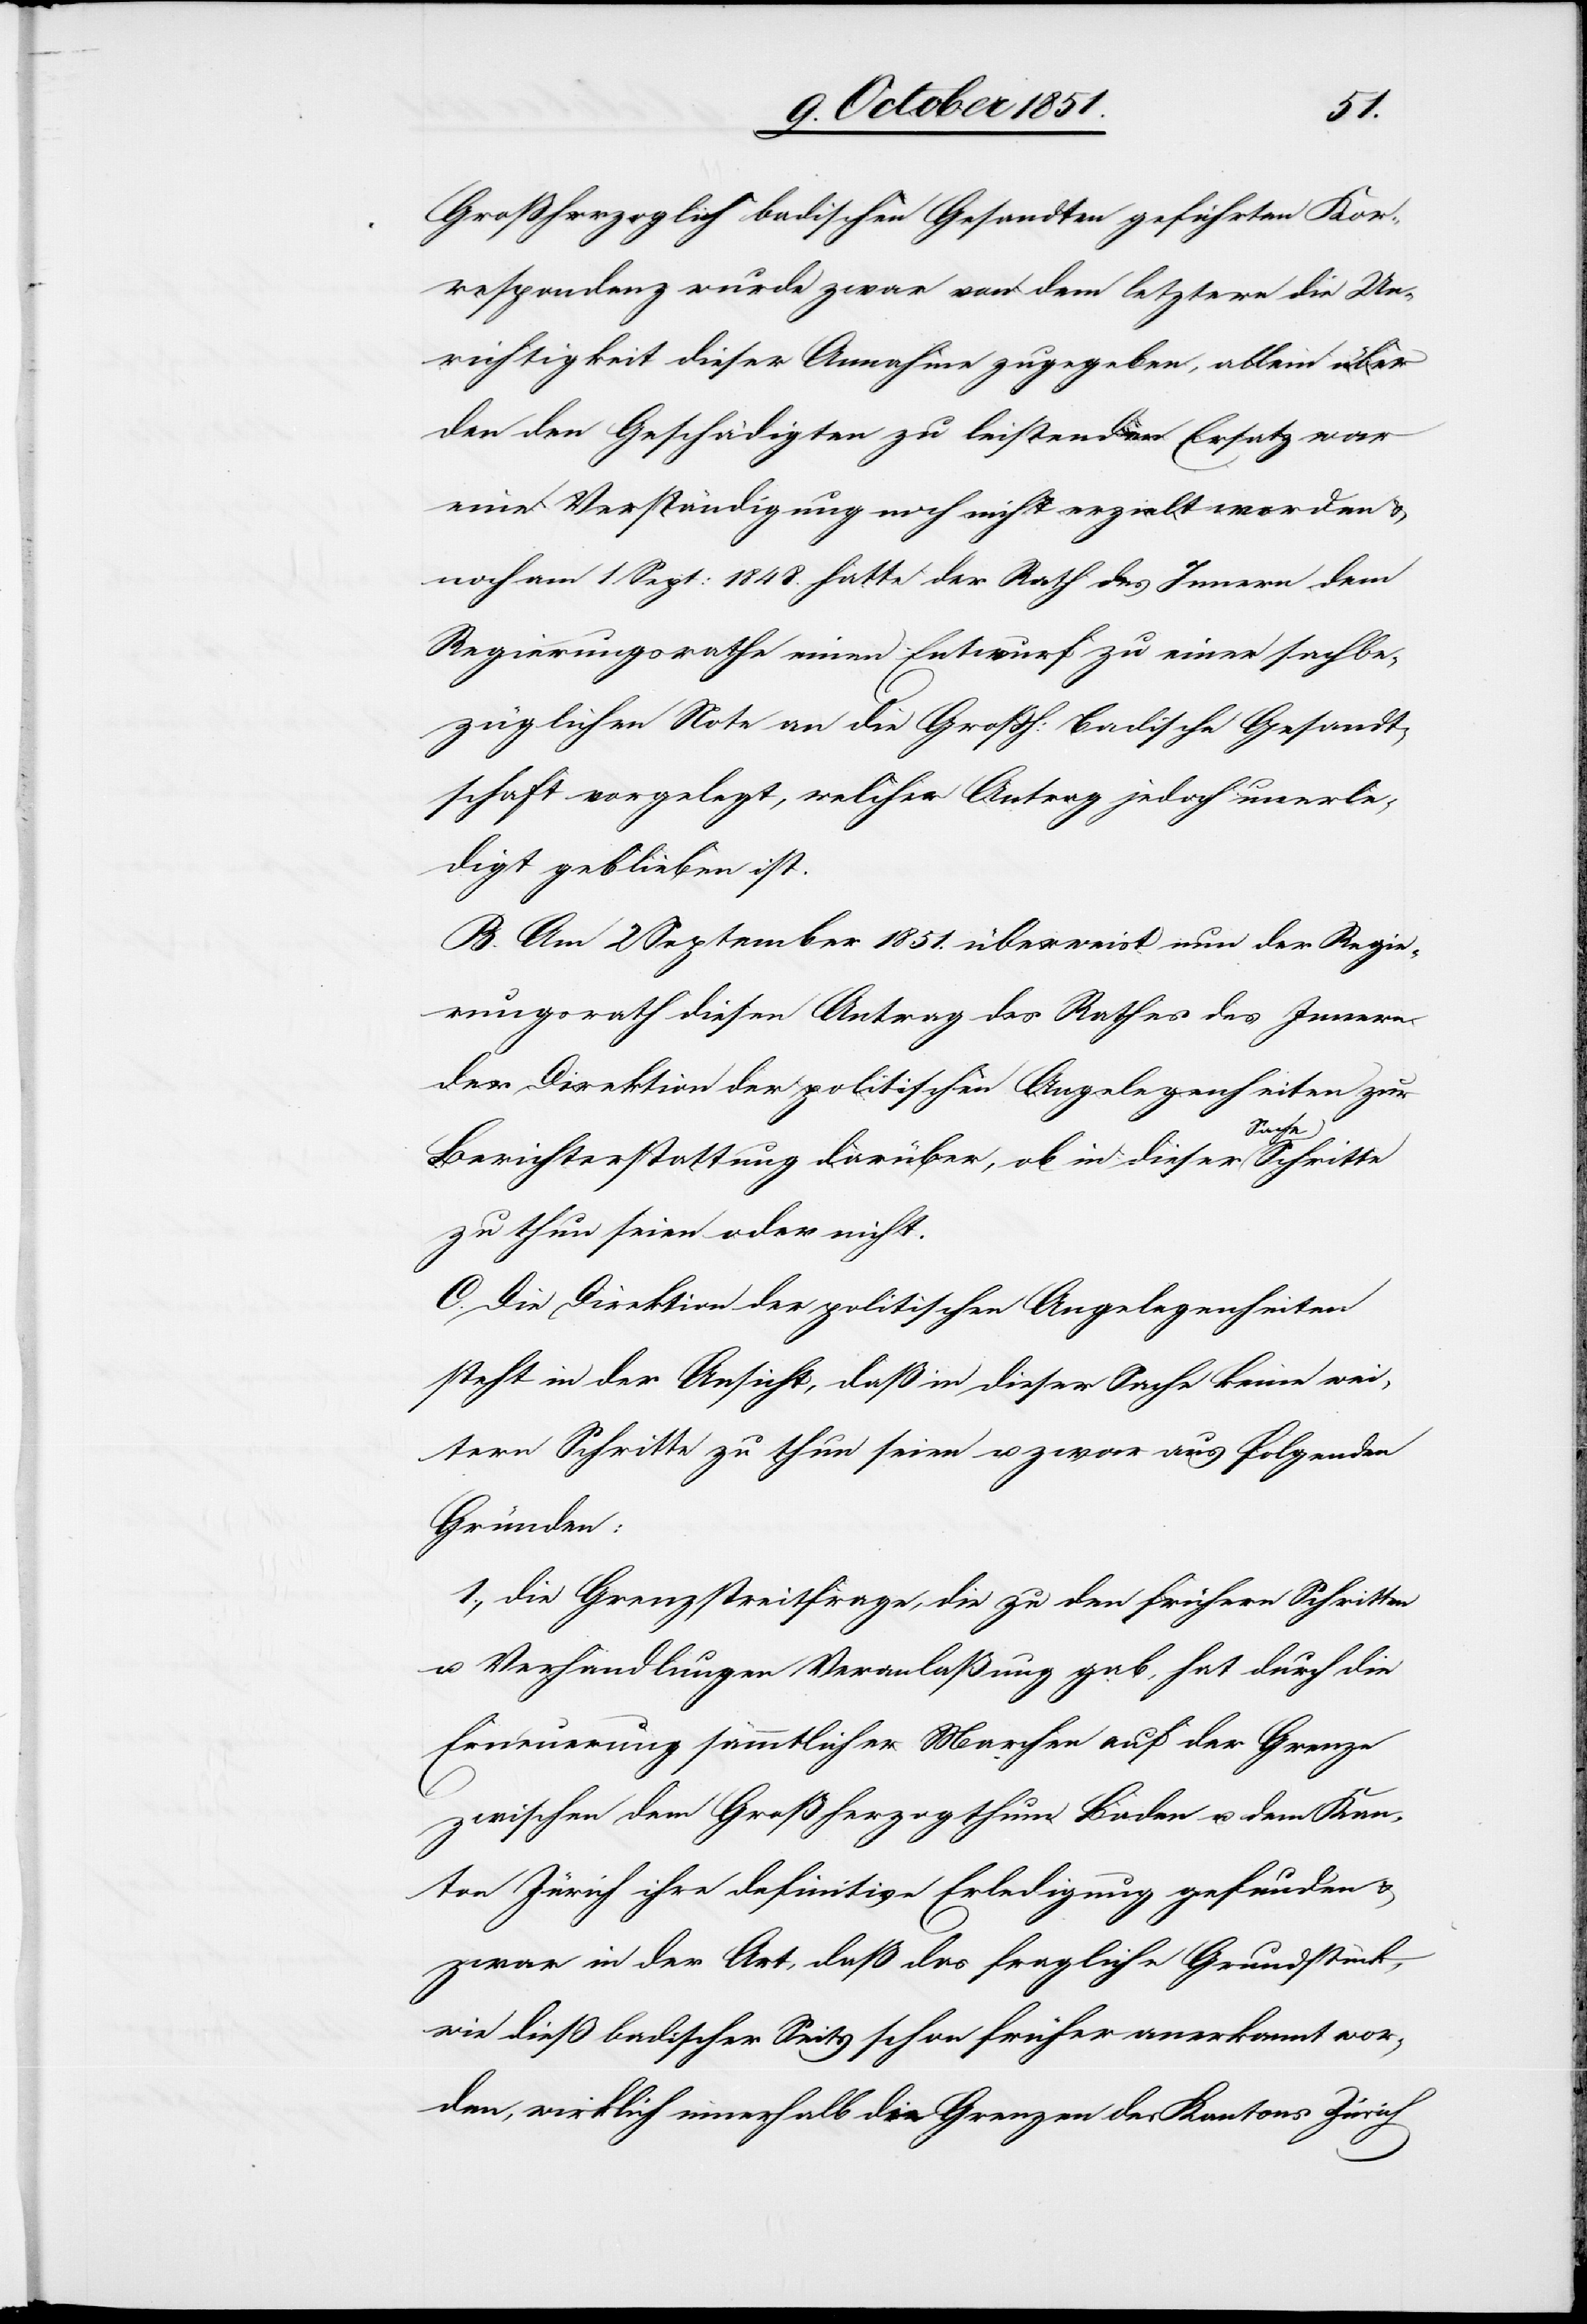
Großherzoglich badischen Gesandten geführten Kor¬
respondenz wurde zwar von dem letztern die Un¬
richtigkeit dieser Annahme zugegeben, allein über
den den Geschädigten zu leistenden Ersatz war
eine Verständigung noch nicht erzielt worden &
noch am 1 Sept: 1848. hatte der Rath des Innern dem
Regierungsrathe einen Entwurf zu einer sachbe¬
züglichen Note an die Großh: Badische Gesandt¬
schaft vorgelegt, welcher Antrag jedoch unerle¬
digt geblieben ist.
B. Am 2 September 1851. überweist nun der Regie¬
rungsrath diesen Antrag des Rathes des Innern
der Direktion der politischen Angelegenheiten zur
Berichterstattung darüber, ob in dieser Sache
zu thun seien oder nicht.
C. Die Direktion der politischen Angelegenheiten
steht in der Ansicht, daß in dieser Sache keine wei¬
tern Schritte zu thun seien u. zwar aus folgenden
Gründen:
1., die Grenzstreitfrage, die zu den frühern Schritten
u. Verhandlungen Veranlaßung gab, hat durch die
Erneuerung sämmtlicher Marchen auf der Grenze
zwischen dem Großherzogthum Baden u. dem Kan¬
ton Zürich ihre definitive Erledigung gefunden &
zwar in der Art, daß das fragliche Grundstück,
wie dieß badischer Seits schon früher anerkannt wor¬
den, wirklich innerhalb die Grenzen des Kantons Zürich